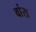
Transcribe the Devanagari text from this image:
वांस